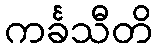
ကင်္ခသီတိ